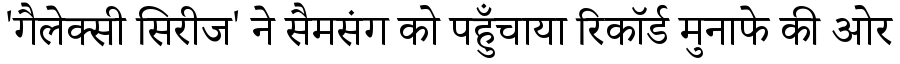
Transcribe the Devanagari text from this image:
'गैलेक्सी सिरीज' ने सैमसंग को पहुँचाया रिकॉर्ड मुनाफे की ओर